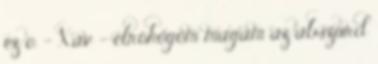
ez o. - Xav - elröhögöm magam az abszurd